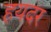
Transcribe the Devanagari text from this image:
हयदर